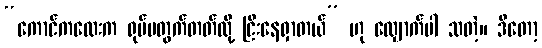
“ကောင်ကလေးက ရုပ်မတွက်တတ်လို့ ငြီးနေရှာတယ်” ဟု လျှောက်ပါ သတဲ့။ ဒီတော့